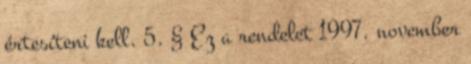
értesíteni kell. 5. § Ez a rendelet 1997. november